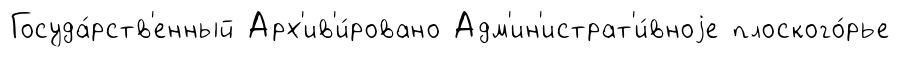
Госуда́рств'енный Арх'ив'и́ровано Адм'ин'истрат'и́вноjе плоского́рье